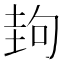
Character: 𡌲